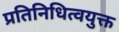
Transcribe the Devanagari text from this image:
प्रतिनिधित्वयुक्त